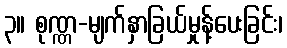
၃။ စုဏ္ဏ-မျက်နှာခြယ်မှုန့်ပေးခြင်း၊